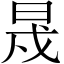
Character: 𣆭